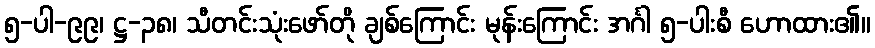
၅-ပါ-၉၉၊ ဋ္ဌ-၃၈၊ သီတင်းသုံးဖော်တို ချစ်ကြောင်း မုန်းကြောင်း အင်္ဂါ ၅-ပါးစီ ဟောထား၏။